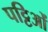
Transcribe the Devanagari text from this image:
पट्टिओं